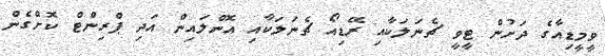
ވީމީޑިއާގެ ދަށުން ޓީވީ ޗެނަލަކާއި ރޭޑިއޯ ޗެނަލަކާއި އޮންލައިން އަދި ޕްރިންޓް ކޮށްގެން